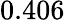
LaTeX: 0.406